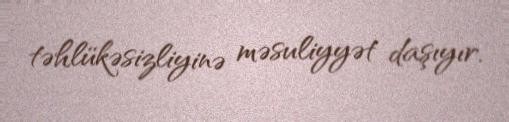
təhlükəsizliyinə məsuliyyət daşıyır.